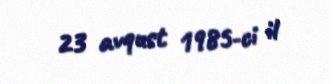
23 avqust 1985-ci il